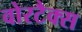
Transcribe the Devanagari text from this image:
वोरटैक्स